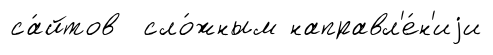
са́йтов сло́жным направл'е́н'иjи